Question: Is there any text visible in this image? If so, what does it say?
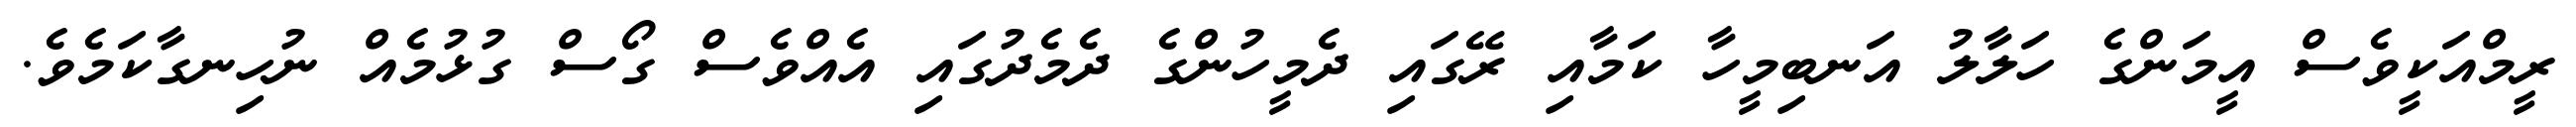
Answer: ރީމްއަކީވެސް އީމަންގެ ހަލާލު އަނބިމީހާ ކަމާއި ރޭގައި ދެމީހުންގެ ދެމެދުގައި އެއްވެސް ގޯސް ގުޅުމެއް ނުހިނގާކަމެވެ.